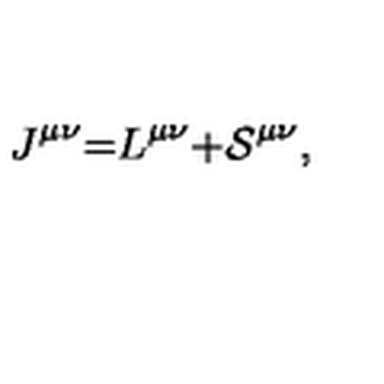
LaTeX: J ^ { \mu \nu } \mathcal { = } L ^ { \mu \nu } \mathcal { + S } ^ { \mu \nu } ,